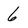
Character: 6